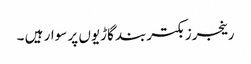
رینجرز بکتربند گاڑیوں پر سوار ہیں ۔